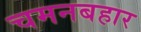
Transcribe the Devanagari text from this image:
चमनबहार